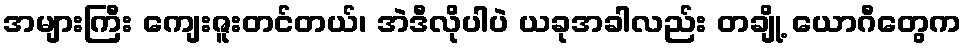
အများကြီး ကျေးဇူးတင်တယ်၊ အဲဒီလိုပါပဲ ယခုအခါလည်း တချို့ ယောဂီတွေက